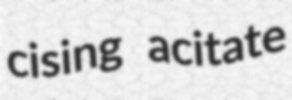
cising acitate